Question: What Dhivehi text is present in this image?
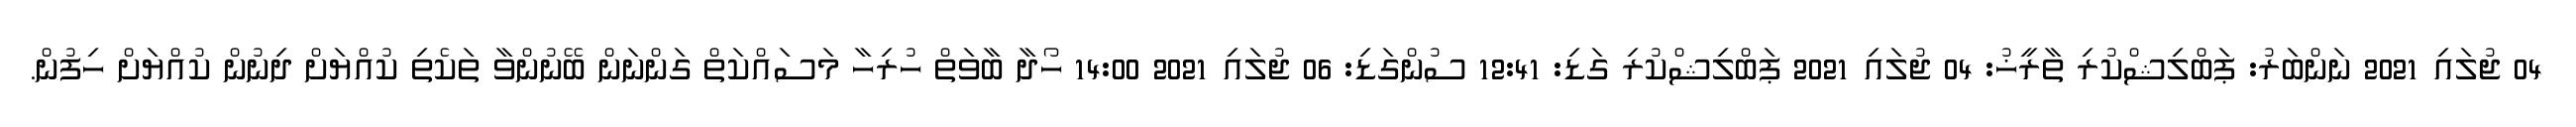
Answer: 04 ޖުލައި 2021 ނަންބަރު: ޕަބްލިޝްކުރި ތާރީޚު: 04 ޖުލައި 2021 ޕަބްލިޝްކުރި ގަޑި: 12:41 ސުންގަޑި: 06 ޖުލައި 2021 14:00 ހޯދާ ބާވަތް ހުރިހާ މަސައްކަތް ގަންނަން ބޭނުންވާ ތަކެތި ކުއްޔަށް ދިނުން ކުއްޔަށް ހިފުން.